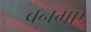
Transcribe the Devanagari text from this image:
बनगए